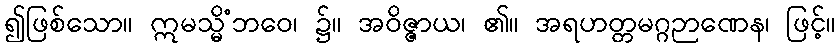
၍ဖြစ်သော။ ဣမသ္မိံဘဝေ၊ ၌။ အဝိဇ္ဇာယ၊ ၏။ အရဟတ္တမဂ္ဂဉာဏေန၊ ဖြင့်။